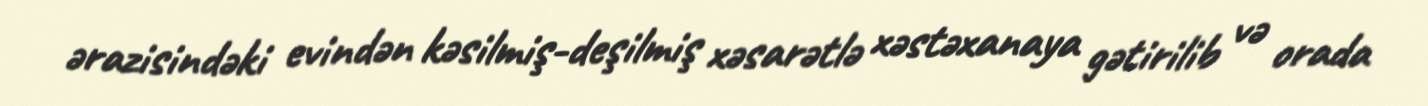
ərazisindəki evindən kəsilmiş-deşilmiş xəsarətlə xəstəxanaya gətirilib və orada